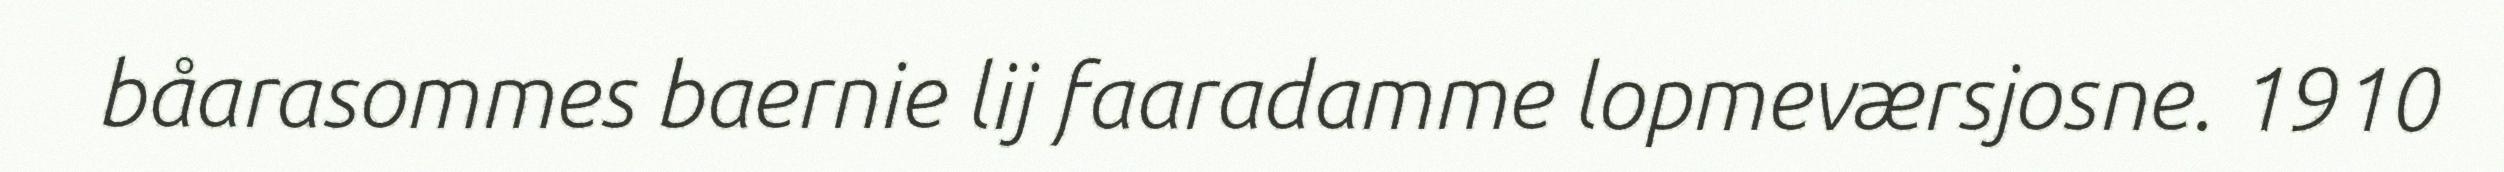
båarasommes baernie lij faaradamme lopmeværsjosne. 1910